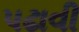
પઢાવી